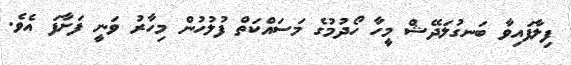
ފިލާފައިވާ ބަނގުލަދޭޝް މީހާ ހޯދުމުގެ މަސައްކަތް ފުލުހުން މިހާރު ވަނީ ފަށާފަ އެވެ.